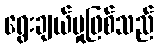
ရွေးချယ်မှုဖြစ်သည်